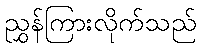
ညွှန်ကြားလိုက်သည်